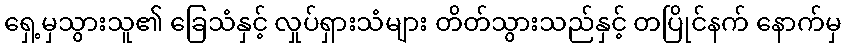
ရှေ့မှသွားသူ၏ ခြေသံနှင့် လှုပ်ရှားသံများ တိတ်သွားသည်နှင့် တပြိုင်နက် နောက်မှ